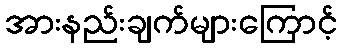
အားနည်းချက်များကြောင့်